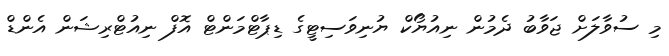
މި ސުވާލަށް ޖަވާބު ދެމުން ނިއުޔޯކް ޔުނިވަސިޓީގެ ޑިޕާޓްމަންޓް އޮފް ނިއުޓްރިޝަން އެންޑް